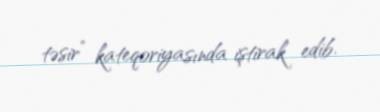
təsir” kateqoriyasında iştirak edib.